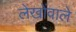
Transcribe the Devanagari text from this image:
लेखोंवाले